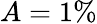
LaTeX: A=1\%